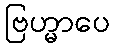
ဗြဟ္မာပေ